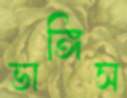
ভাঙ্গিস